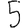
Digit: 5